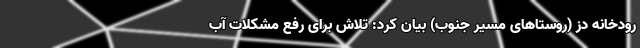
رودخانه دز (روستاهای مسیر جنوب) بیان کرد: تلاش برای رفع مشکلات آب